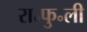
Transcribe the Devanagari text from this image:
रा॰फु॰ली